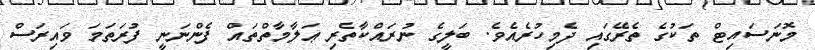
މޮނަސައިޓް ތަކުގެ ތެރޭގައި ދެމިހުރެއެވެ. ބަލީގެ ނުރައްކާތެރި ޢަލާމާތްތައް ފެންނަނީ ފުރަތަމަ ވައިރަސް